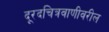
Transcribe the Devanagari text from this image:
दूरदचित्रवाणीवरील